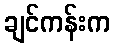
ချင်ကန်းက